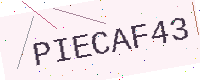
Text: PIECAF43